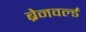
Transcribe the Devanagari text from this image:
ब्रेनवर्ल्ड